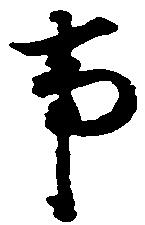
事